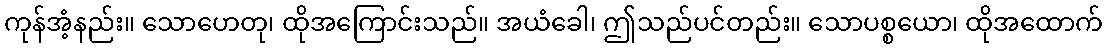
ကုန်အံ့နည်း။ သောဟေတု၊ ထိုအကြောင်းသည်။ အယံခေါ၊ ဤသည်ပင်တည်း။ သောပစ္စယော၊ ထိုအထောက်